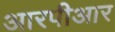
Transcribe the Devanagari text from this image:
आरपीआर